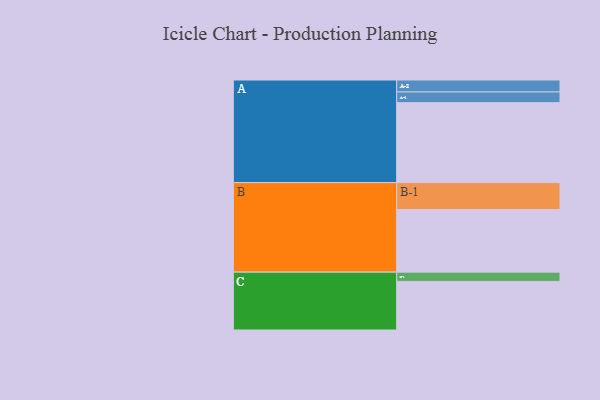
{"axis": {"x": "Segment", "y": "Value"}, "legend": ["", "A", "B", "C"], "data": [{"x": "A", "y": 500, "type": ""}, {"x": "B", "y": 392, "type": ""}, {"x": "C", "y": 304, "type": ""}, {"x": "A-1", "y": 67, "type": "A"}, {"x": "A-2", "y": 75, "type": "A"}, {"x": "B-1", "y": 168, "type": "B"}, {"x": "C-1", "y": 58, "type": "C"}]}